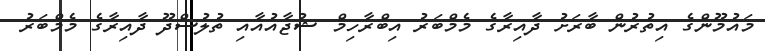
މައުމޫންގެ އިތުރުން ބާރަށު ދާއިރާގެ މެމްބަރު އިބްރާހިމް ޝުޖާއުއާއި ތުލުސްދޫ ދާއިރާގެ މެމްބަރު